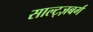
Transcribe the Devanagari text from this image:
साल्ट्ज़बर्ग